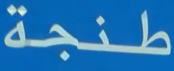
طنجة